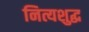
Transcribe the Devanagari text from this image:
नित्यशुद्ध